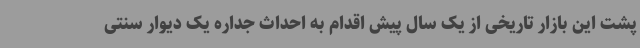
پشت این بازار تاریخی از یک سال پیش اقدام به احداث جداره یک دیوار سنتی